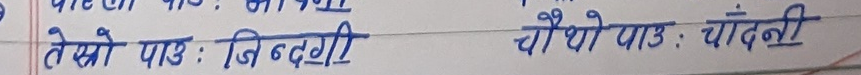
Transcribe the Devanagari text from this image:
तेस्रो पाठ : बिदगी चौथो पाठ : चाँदनी